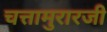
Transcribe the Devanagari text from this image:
चत्तामुरारजी